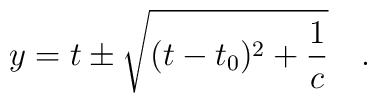
y=t\pm\sqrt{(t-t_0)^2+\frac{1}{c}} \quad .